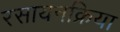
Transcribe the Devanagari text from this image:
रसायनक्रिया